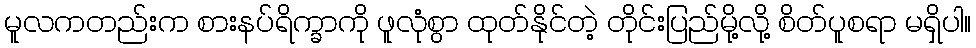
မူလကတည်းက စားနပ်ရိက္ခာကို ဖူလုံစွာ ထုတ်နိုင်တဲ့ တိုင်းပြည်မို့လို့ စိတ်ပူစရာ မရှိပါ။